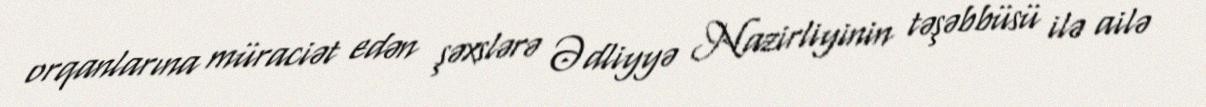
orqanlarına müraciət edən şəxslərə Ədliyyə Nazirliyinin təşəbbüsü ilə ailə